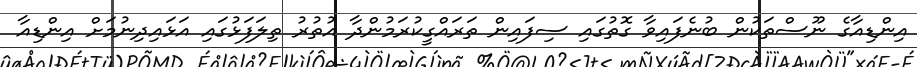
އިންޑިއާގެ ނޫސްތަކުން ބުނެފައިވާ ގޮތުގައި ސިފައިން ތަރައްގީކުރަމުންދާ އުތުރު ތިލަފަޅުގައި އަޅައިދިނުމަށް އިންޑިއާ